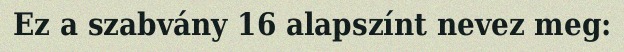
Ez a szabvány 16 alapszínt nevez meg: